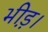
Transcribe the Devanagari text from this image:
भीड़़।